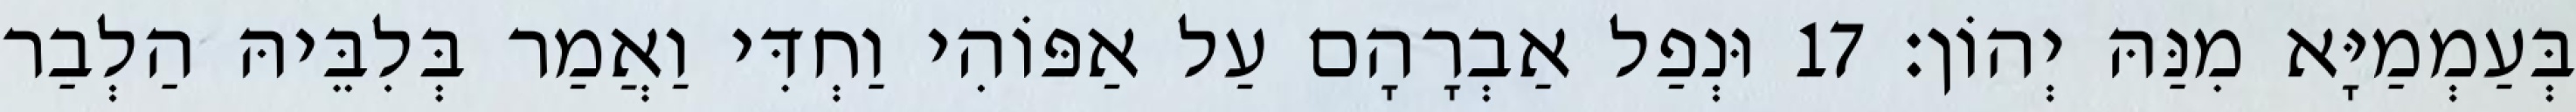
בְּעַמְמַיָּא מִנַּהּ יְהוֹן׃ 17 וּנְפַל אַבְרָהָם עַל אַפּוֹהִי וַחְדִּי וַאֲמַר בְּלִבֵּיהּ הַלְבַר